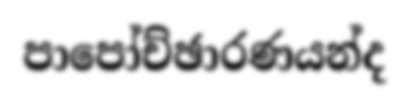
පාපෝච්ඡාරණයන්ද